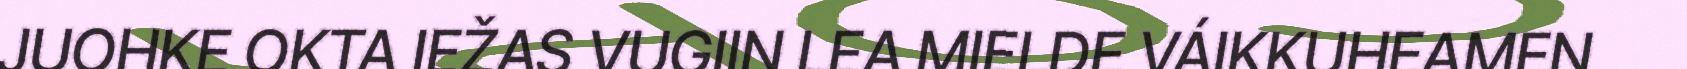
JUOHKE OKTA IEŽAS VUGIIN LEA MIELDE VÁIKKUHEAMEN